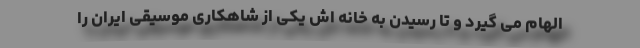
الهام می گیرد و تا رسیدن به خانه اش یکی از شاهکاری موسیقی ایران را